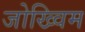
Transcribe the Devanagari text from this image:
जोख्विम